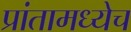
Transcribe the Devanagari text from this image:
प्रांतामध्येच